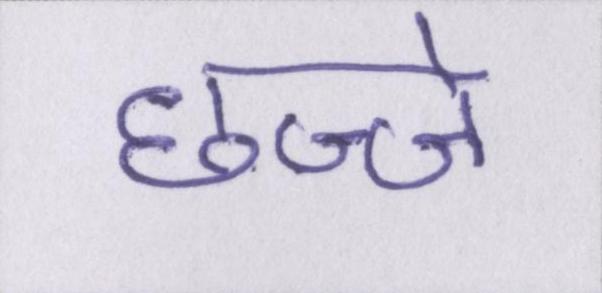
छज्जे